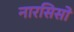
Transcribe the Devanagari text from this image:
नारसिसो